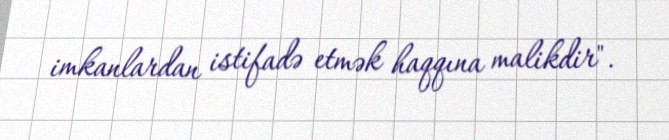
imkanlardan istifadə etmək haqqına malikdir".